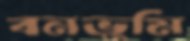
বনভূমি